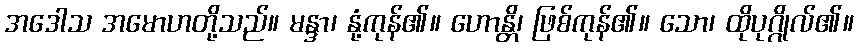
အဒေါသ အမောဟတို့သည်။ မန္ဒာ၊ နုံ့ကုန်၏။ ဟောန္တိ၊ ဖြစ်ကုန်၏။ သော၊ ထိုပုဂ္ဂိုလ်၏။